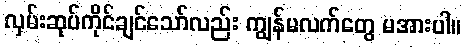
လှမ်းဆုပ်ကိုင်ချင်သော်လည်း ကျွန်မလက်တွေ မအားပါ။